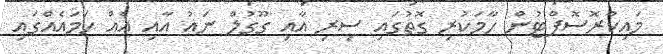
މައިކްރޮސޮފްޓުން ހާމަކުރި ގޮތުގައި ސިރި އާއި ގޫގުލް ނައު އާއި އެއް ހަމައެއްގައި